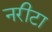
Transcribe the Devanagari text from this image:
नरीटा